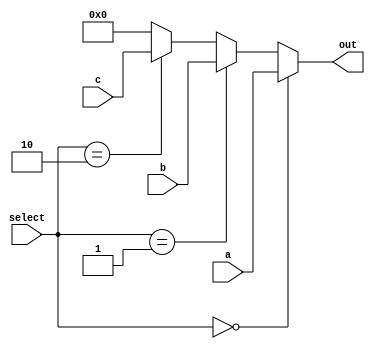
module MUX4_1(
    input wire [31:0] a,
    input wire [31:0] b,
	 input wire [31:0] c,
    input wire [1:0] select,
    output wire [31:0] out
);
     assign out = (select == 2'b00) ? a :
                 (select == 2'b01) ? b :
                 (select == 2'b10) ? c :
                 5'b0;
endmodule